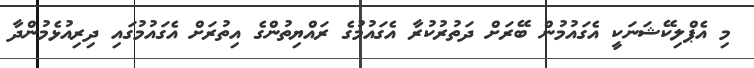
މި އެޕްލިކޭޝަނަކީ އެގައުމުން ބޭރަށް ދަތުރުކުރާ އެގައުމުގެ ރައްޔިތުންގެ އިތުރަށް އެގައުމުގައި ދިރިއުޅެމުންދާ